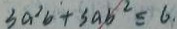
3 a ^ { 2 } b + 3 a b ^ { 2 } \leq 6 _ { \cdot }